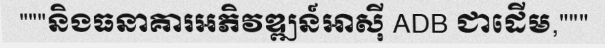
"""និងធនាគារអភិវឌ្ឍន៍អាស៊ី ADB ជាដើម,"""